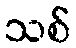
သစ်